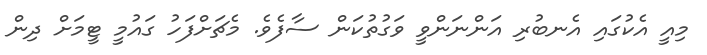
މިއީ އެކުގައި އެނބުރި އަންނަންވީ ވަގުތުކަން ސާފެވެ. މެޗަށްފަހު ގައުމީ ޓީމަށް ދިން